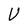
Character: V